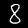
Label: 8